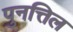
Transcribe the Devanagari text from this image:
पुनत्तिल